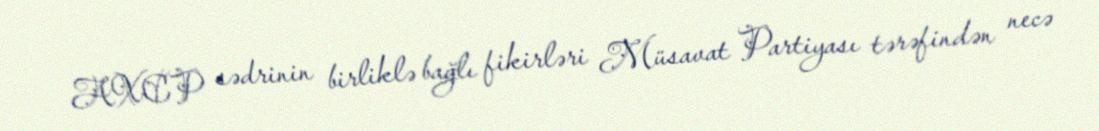
AXCP sədrinin birliklə bağlı fikirləri Müsavat Partiyası tərəfindən necə